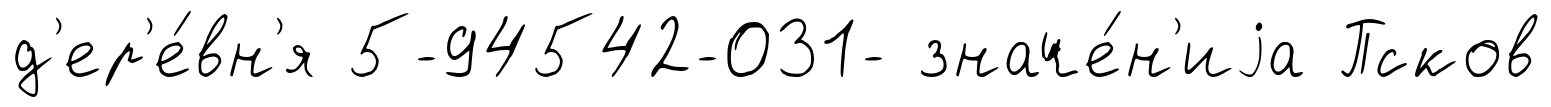
д'ер'е́вн'я 5-94542-031- значе́н'иjа Псков